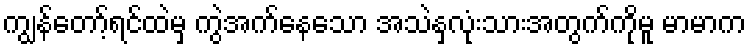
ကျွန်တော့်ရင်ထဲမှ ကွဲအက်နေသော အသဲနှလုံးသားအတွက်ကိုမူ မာမာက